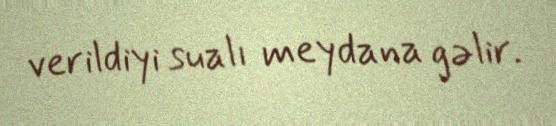
verildiyi sualı meydana gəlir.